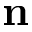
\mathbf { n }